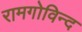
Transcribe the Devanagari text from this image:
रामगोविन्द